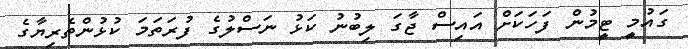
ގައުމީ ޓީމުން ފަހަކަށް އައިސް ޖާގަ ލިބުނު ކަޅު ނަސްލުގެ ފުރަތަމަ ކުޅުންތެރިޔާގެ